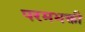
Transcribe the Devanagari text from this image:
परमभक्ती